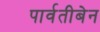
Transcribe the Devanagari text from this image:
पार्वतीबेन